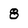
Character: 8